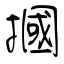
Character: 摑